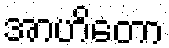
အာဟိတော